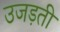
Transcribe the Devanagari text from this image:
उजड़ती